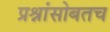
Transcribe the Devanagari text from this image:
प्रश्नांसोबतच